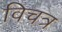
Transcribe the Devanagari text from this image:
विचत्र